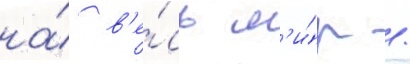
на́ в'е́сь м'и́р /